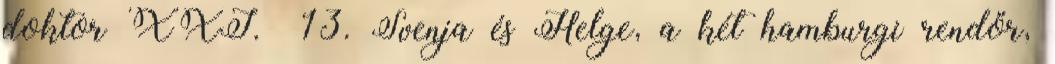
doktor XXI. 13. Svenja és Helge, a két hamburgi rendőr,